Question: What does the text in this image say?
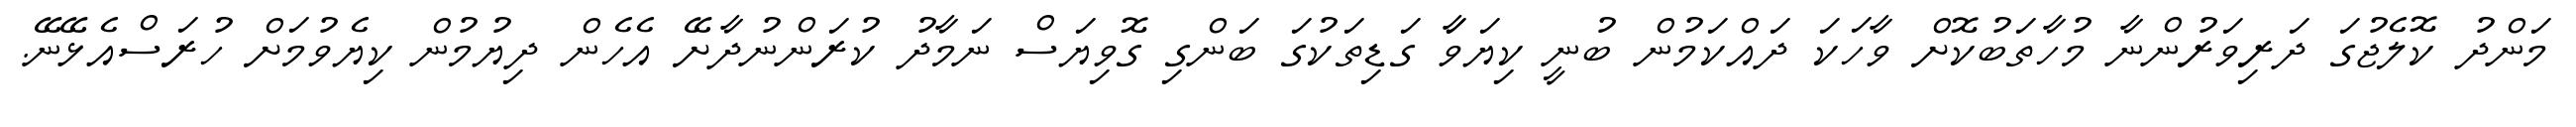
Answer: މަންދު ކޮލެޖުގަ ދަރިވަރުންނާ މުހާތަބުކޮށް ވާހަކަ ދައްކަމުން ބުނީ ކިޔަވަާ ގަޑިތަކުގަ ބަންގި ގޮވިޔަސް ނަމާދު ކުރަންނުދާށޭ އެހެން ދިޔުމުން ކިޔެވުމަށް ހުރަސްއެޅޭނޭ.